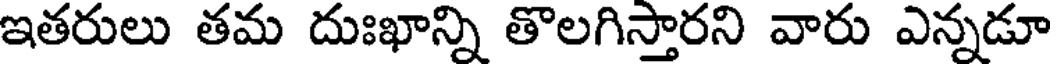
ఇతరులు తమ దుఃఖాన్ని తొలగిస్తారని వారు ఎన్నడూ